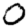
Digit: 0